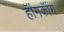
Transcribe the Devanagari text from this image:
हॅांगकॅांग